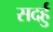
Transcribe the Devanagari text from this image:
सदर्हु